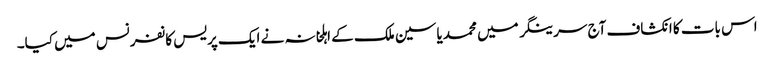
اس بات کا انکشاف آج سرینگر میں محمد یاسین ملک کے اہلخانہ نے ایک پریس کانفرنس میں کیا۔